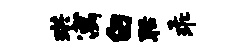
珙寓白聒乖